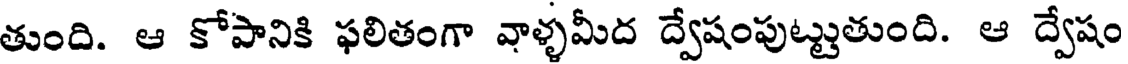
తుంది. ఆ కోపానికి ఫలితంగా వాళ్ళమీద ద్వేషంపుట్టుతుంది. ఆ ద్వేషం